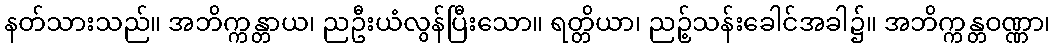
နတ်သားသည်။ အဘိက္ကန္တာယ၊ ညဦးယံလွန်ပြီးသော။ ရတ္တိယာ၊ ညဉ့်သန်းခေါင်အခါ၌။ အဘိက္ကန္တဝဏ္ဏာ၊